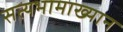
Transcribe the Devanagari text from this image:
सत्यभामाख्यान